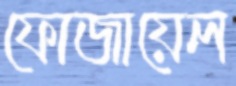
ফোজায়েল